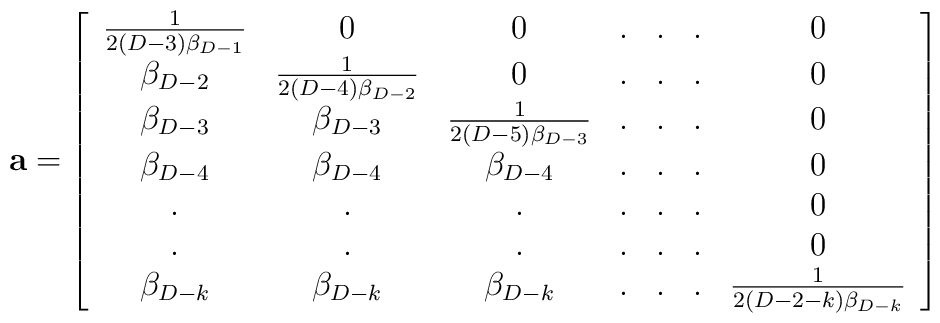
{\bf a}= \left[\begin{array}{ccccccc}\frac{1}{2(D-3)\beta_{D-1}}&0&0&.&.&.&0\\ \beta_{D-2}&\frac{1}{2(D-4)\beta_{D-2}}&0&.&.&.&0\\\beta_{D-3}&\beta_{D-3}&\frac{1}{2(D-5)\beta_{D-3}}&.&.&.&0\\\beta_{D-4}&\beta_{D-4}&\beta_{D-4}&. &.&.&0\\.&.&.&.& .&.&0\\.&.&.&.&.&.&0\\\beta_{D-k}&\beta_{D-k}&\beta_{D-k}&.&.&.&\frac{1}{2(D-2-k)\beta_{D-k}}\\\end{array}\right]